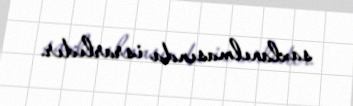
saxlanılmasında israrlıdır.